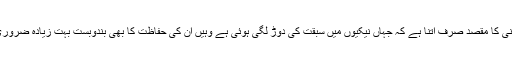
تو یادہانی کا مقصد صرف اتنا ہے کہ جہاں نیکیوں میں سبقت کی دوڑ لگی ہوئی ہے وہیں ان کی حفاظت کا بھی بندوبست بہت زیادہ ضروری ہے ۔